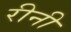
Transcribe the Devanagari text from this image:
रीनी